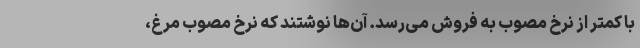
با کمتر از نرخ مصوب به فروش می‌رسد. آن‌ها نوشتند که نرخ مصوب مرغ،